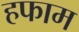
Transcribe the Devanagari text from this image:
हफाम